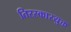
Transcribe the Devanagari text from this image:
तिरस्कारयुक्त